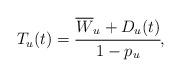
LaTeX: \begin{align*}T_u(t) = \cfrac{\overline{W}_u + D_u(t)}{1-p_u},\end{align*}